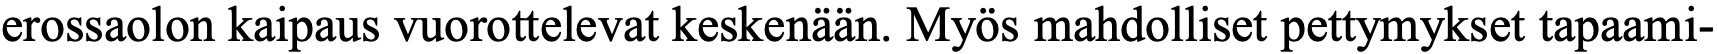
erossaolon kaipaus vuorottelevat keskenään. Myös mahdolliset pettymykset tapaami-